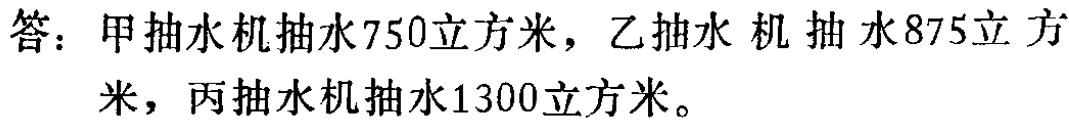
答：甲抽水机抽水\(750\)立方米，乙抽水机抽水\(875\)立方米，丙抽水机抽水\(1300\)立方米。